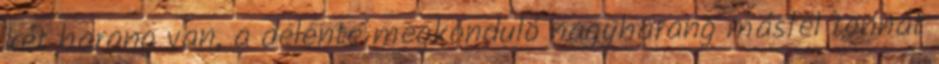
két harang van, a delente megkonduló nagyharang másfél tonnát